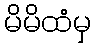
မိမိထံမှ